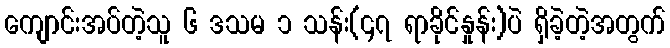
ကျောင်းအပ်တဲ့သူ ၆ ဒသမ ၁ သန်း(၄၇ ရာခိုင်နှုန်း)ပဲ ရှိခဲ့တဲ့အတွက်